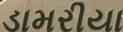
ડામરીયા